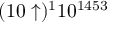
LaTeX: ( 1 0 \uparrow ) ^ { 1 } 1 0 ^ { 1 4 5 3 }